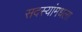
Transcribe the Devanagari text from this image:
सदस्यांमधला